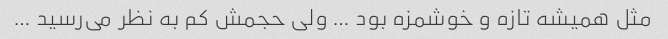
مثل همیشه تازه و خوشمزه بود … ولی حجمش کم به نظر می‌رسید …